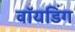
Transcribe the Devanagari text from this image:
वॉयडिंग